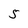
Character: 5